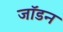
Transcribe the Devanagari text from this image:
जॉडन